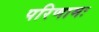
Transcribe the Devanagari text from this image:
परिणामः